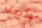
وديعة